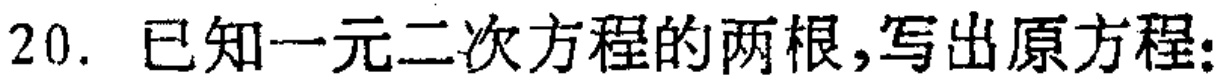
20. 已知一元二次方程的两根,写出原方程: